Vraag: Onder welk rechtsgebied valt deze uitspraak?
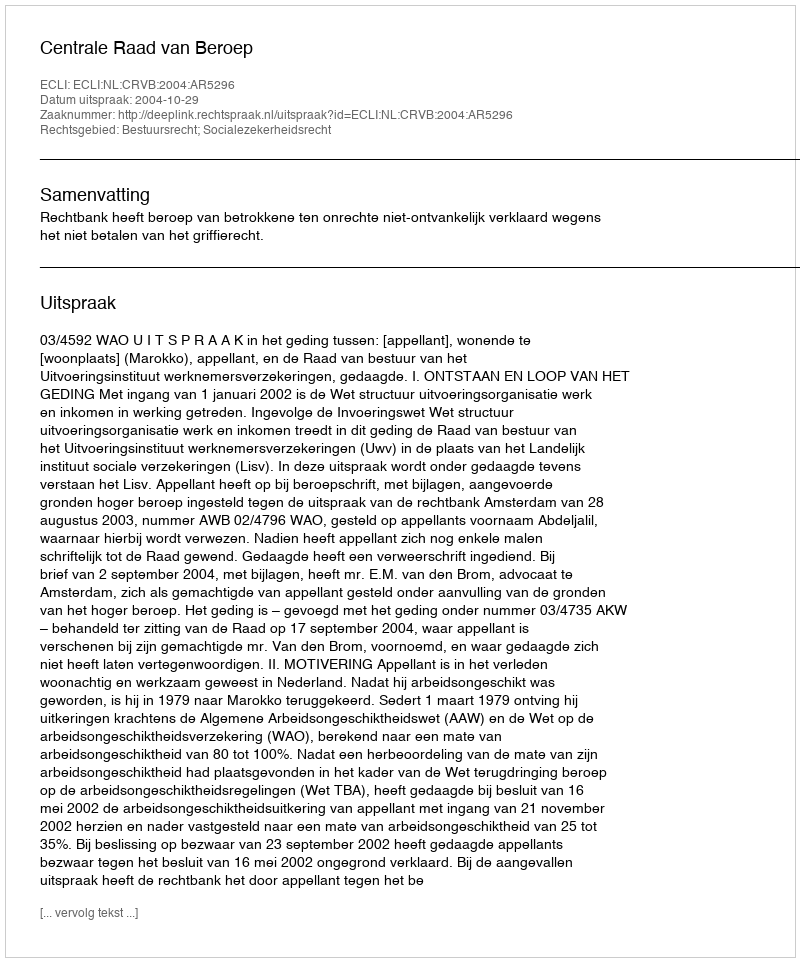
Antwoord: Bestuursrecht; Socialezekerheidsrecht